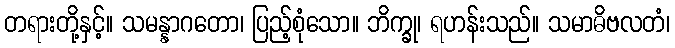
တရားတို့နှင့်။ သမန္နာဂတော၊ ပြည့်စုံသော။ ဘိက္ခု၊ ရဟန်းသည်။ သမာဓိဗလတံ၊